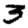
Digit: 3